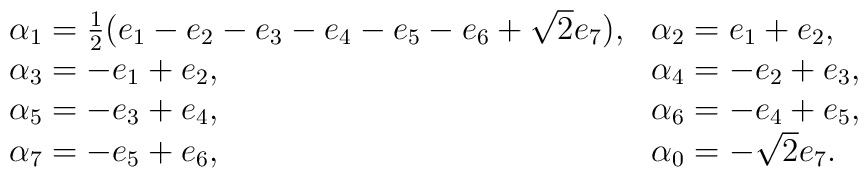
\begin{array}{ll}      \alpha_1={1\over2}(e_1-e_2-e_3-e_4-e_5-e_6+\sqrt2      e_7),&\alpha_2=e_1+e_2,\\       \alpha_3=-e_1+e_2,&\alpha_4=-e_2+e_3,\\      \alpha_5=-e_3+e_4,&\alpha_6=-e_4+e_5,\\      \alpha_7=-e_5+e_6,&\alpha_0=-\sqrt{2}e_7.   \end{array}